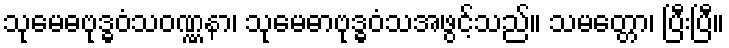
သုမေဓဗုဒ္ဓဝံသဝဏ္ဏနာ၊ သုမေဓာဗုဒ္ဓဝံသအဖွင့်သည်။ သမတ္တော၊ ပြီးပြီ။